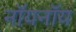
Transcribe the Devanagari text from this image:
नॉयनॉय